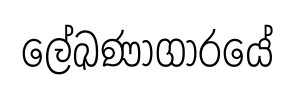
ලේඛණාගාරයේ